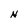
Character: N